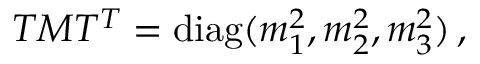
T M T ^ { T } = \mathrm { d i a g } ( m _ { 1 } ^ { 2 } , m _ { 2 } ^ { 2 } , m _ { 3 } ^ { 2 } ) \, ,